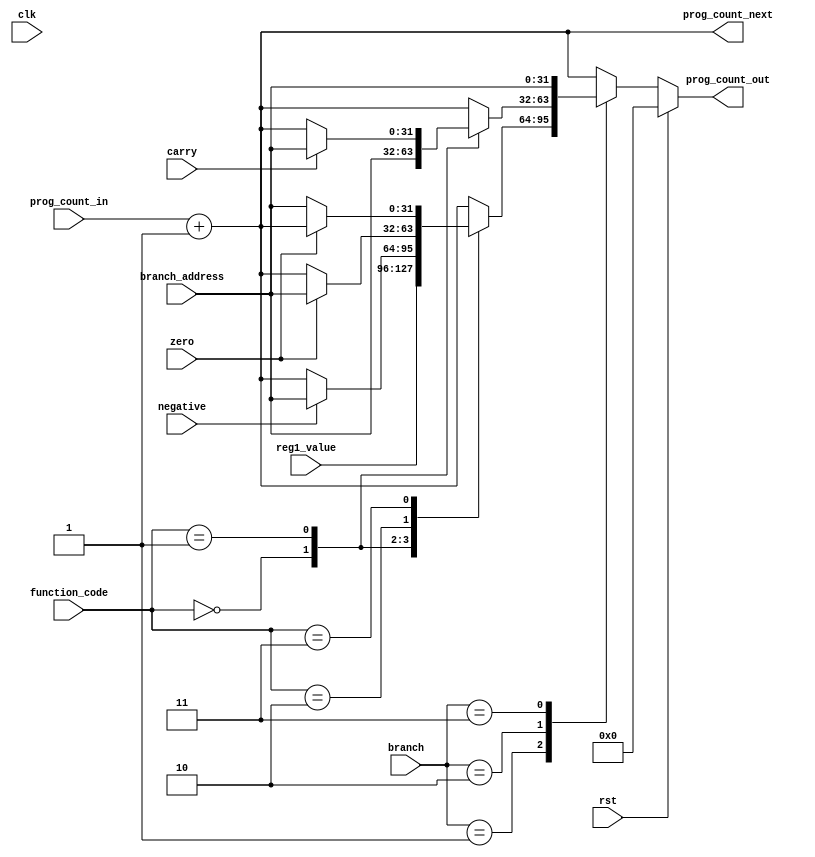
`timescale 1ns/1ps

module BranchingInstructions(
    input [5:0] function_code,
    input [1:0] branch,
    input clk,
    input rst,
    input negative,
    input zero,
    input carry,
    input [31:0] reg1_value,
    input [31:0] prog_count_in,
    input [31:0] branch_address, 
    output reg [31:0] prog_count_out,
    output reg [31:0] prog_count_next
);


/*
    OperationName    FunctionCode    Branch    BranchAddress       Prog_Count_out
    br                  000000       01        register             pc_in + 1
    bltz                000001       01        branch_address       pc_in + 1
    bz                  000010       01        branch_address       pc_in + 1
    bnz                 000011       01        branch_address       pc_in + 1 

    b                   000000       10        branch_address       pc_in + 1
    bcy                 000001       10        branch_address       pc_in + 1
    bncy                000010       10        branch_address       pc_in + 1

    bl                  000000       11        branch_address       pc_in + 1
*/
reg old_neg, old_carry, old_zero;

//assign carry = rst ? 0 : carry;
//assign negative = rst ? 0 : negative;
//assign zero = rst ? 0 : zero;
always @(posedge clk) begin
    if (rst) begin
        // carry = 0;
        // negative = 0;
        // zero = 0;
    end
    else begin
        old_carry <= carry;
        old_neg <= negative;
        old_zero <= zero;
    end
end

always @(*) begin
    prog_count_next <= prog_count_in + 32'd1;
    if (rst) prog_count_out <= 32'd0;
    else begin
        case (branch)
            2'b01: begin
                case(function_code)
                    6'b000000: begin
                        prog_count_out <= reg1_value;
                    end
                    6'b000001: begin
                        if (negative == 1'b1) begin
                            prog_count_out <= branch_address;
                        end
                        else begin
                            prog_count_out <= prog_count_in + 32'd1;
                        end
                    end
                    6'b000010: begin
                        if (zero == 1'b1) begin
                            prog_count_out <= branch_address;
                        end
                        else begin
                            prog_count_out <= prog_count_in + 32'd1;
                        end
                    end
                    6'b000011: begin
                        if (zero == 1'b0) begin
                            prog_count_out <= branch_address;
                        end
                        else begin
                            prog_count_out <= prog_count_in + 32'd1;
                        end
                    end
                    default: prog_count_out <= prog_count_in + 32'd1;
                endcase
            end

            2'b10: begin
                case(function_code)
                    6'b000000: begin
                        prog_count_out <= branch_address;
                    end
                    6'b000001: begin
                        if (carry == 1'b1) begin
                            prog_count_out <= branch_address;
                        end
                        else begin
                            prog_count_out <= prog_count_in + 32'd1;
                        end
                    end
                    6'b000001: begin
                        if (carry == 1'b0) begin
                            prog_count_out <= branch_address;
                        end
                        else begin
                            prog_count_out <= prog_count_in + 32'd1;
                        end
                    end
                    default: prog_count_out <= prog_count_in + 32'd1;
                endcase
            end

            2'b11: begin
                prog_count_out <= branch_address;
            end
            default prog_count_out <= prog_count_in + 32'd1;
        endcase
    end
end

endmodule